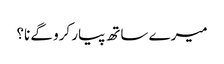
میرے ساتھ پیار کرو گے نا؟